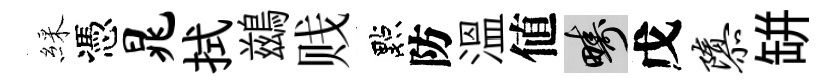
綵憑晁拭鷀贱點防溫値疇戊隳缾